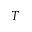
T